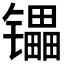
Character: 𰿄